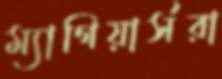
ম্যাগিয়ার্সরা